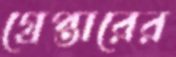
গ্রেপ্তারের